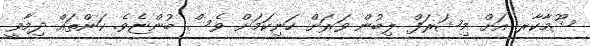
ޝޫމާކާރ އަށް މިޝަރަފް ލިބުން ވަރަށް ހަނިކަމަށް ވެސް ބުންޏެވެ. ކަންތައް ދިމާވީ